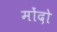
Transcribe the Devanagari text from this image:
मोंदो